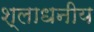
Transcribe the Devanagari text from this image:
श्लाधनीय